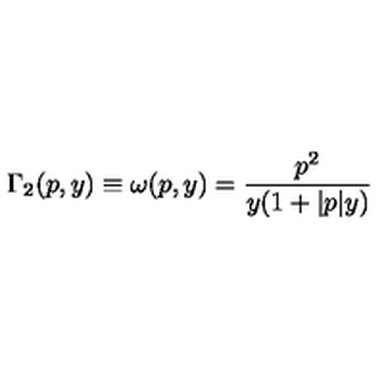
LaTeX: \Gamma _ { 2 } ( p , y ) \equiv \omega ( p , y ) = \frac { p ^ { 2 } } { y ( 1 + | p | y ) }